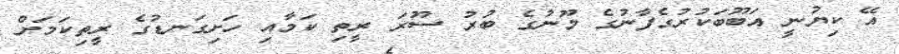
އޭ ކިޔުނީ އަބޫބަކުރުގެފާނުގެ މޫނުގެ ބުރު ސޫރަ ރީތި ކަމާއި ހަށިގަނޑުގެ ރީތިކަމަށް